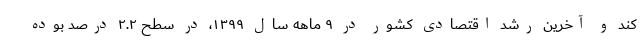
کند و آخرین رشد اقتصادی کشور در ۹ ماهه سال ۱۳۹۹، در سطح ۲.۲ درصد بوده